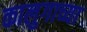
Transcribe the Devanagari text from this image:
कालुगाच्या